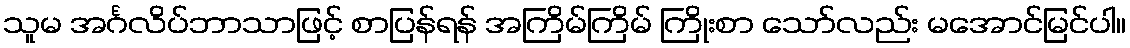
သူမ အင်္ဂလိပ်ဘာသာဖြင့် စာပြန်ရန် အကြိမ်ကြိမ် ကြိုးစာ သော်လည်း မအောင်မြင်ပါ။